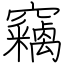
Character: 竊